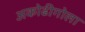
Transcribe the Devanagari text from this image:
अकोढीगोला